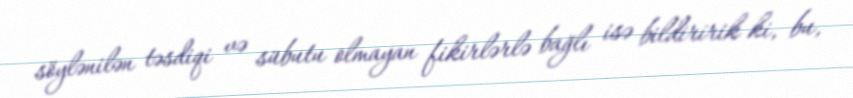
söylənilən təsdiqi və sübutu olmayan fikirlərlə bağlı isə bildiririk ki, bu,